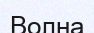
Волна